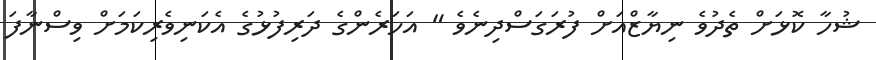
ޝުހާ ކޮޅަށް ތެދުވެ ނިޔާޒްއަށް ފުރަގަސްދިނެވެ " އަހަރެންގެ ދަރިފުޅުގެ އެކަނިވެރިކަމަށް ވިސްނާފަ